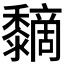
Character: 𪐏